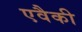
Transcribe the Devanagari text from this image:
एवैकी